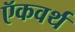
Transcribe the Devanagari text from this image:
ऍकवर्थ